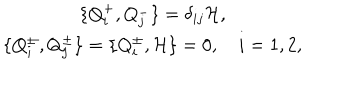
\begin{array} { c } { { \{ Q _ { i } ^ { + } , Q _ { j } ^ { - } \} = \delta _ { i j } { \cal H } , } } \\ { { \{ Q _ { i } ^ { \pm } , Q _ { j } ^ { \pm } \} = \{ Q _ { i } ^ { \pm } , { \cal H } \} = 0 , \quad i = 1 , 2 , } } \\ \end{array}